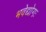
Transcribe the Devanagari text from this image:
भवेद्योगः